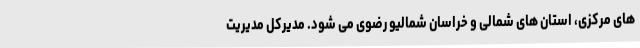
های مرکزی، استان های شمالی و خراسان شمالیو رضوی می شود. مدیرکل مدیریت